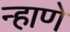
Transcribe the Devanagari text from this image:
न्हाणे